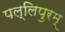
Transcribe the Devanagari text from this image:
पल्लिपुरम्